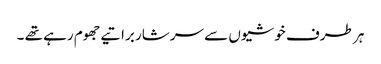
ہر طرف خوشیوں سے سرشار براتیے جھوم رہے تھے ۔